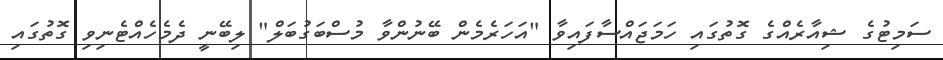
ސަމިޓުގެ ޝިއާރެއްގެ ގޮތުގައި ހަމަޖައްސާފައިވާ "އަހަރެމެން ބޭނުންވާ މުސްބަގުބަލް" ލިބޭނީ ދެމެހެއްޓެނިވި ގޮތުގައި